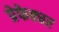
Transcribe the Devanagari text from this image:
प्रेफेक्चर